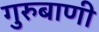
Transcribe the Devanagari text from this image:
गुरुबाणी